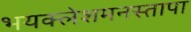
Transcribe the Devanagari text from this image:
भयक्लेशमनस्तापा